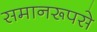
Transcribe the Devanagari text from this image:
समानरूपसे